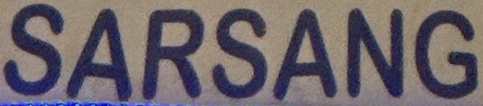
SARSANG